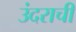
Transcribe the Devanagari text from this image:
उंदराची